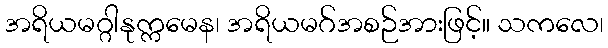
အရိယမဂ္ဂါနုက္ကမေန၊ အရိယမဂ်အစဉ်အားဖြင့်။ သကလေ၊